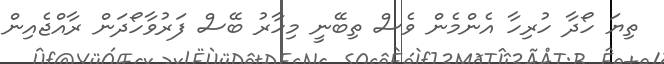
ތިޔަ ހޯދާ ހުރިހާ އެންމެން ވެސް ތިބޭނީ މިހާރު ބޭސް ފަރުވާހޯދަން ރާއްޖެއިން